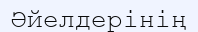
Әйелдерінің